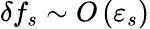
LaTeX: \delta f_{s}\sim O\left(\varepsilon_{s}\right)